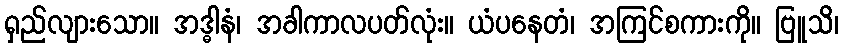
ရှည်လျားသော။ အဒ္ဓါနံ၊ အခါကာလပတ်လုံး။ ယံပနေတံ၊ အကြင်စကားကို။ ဗြူသိ၊